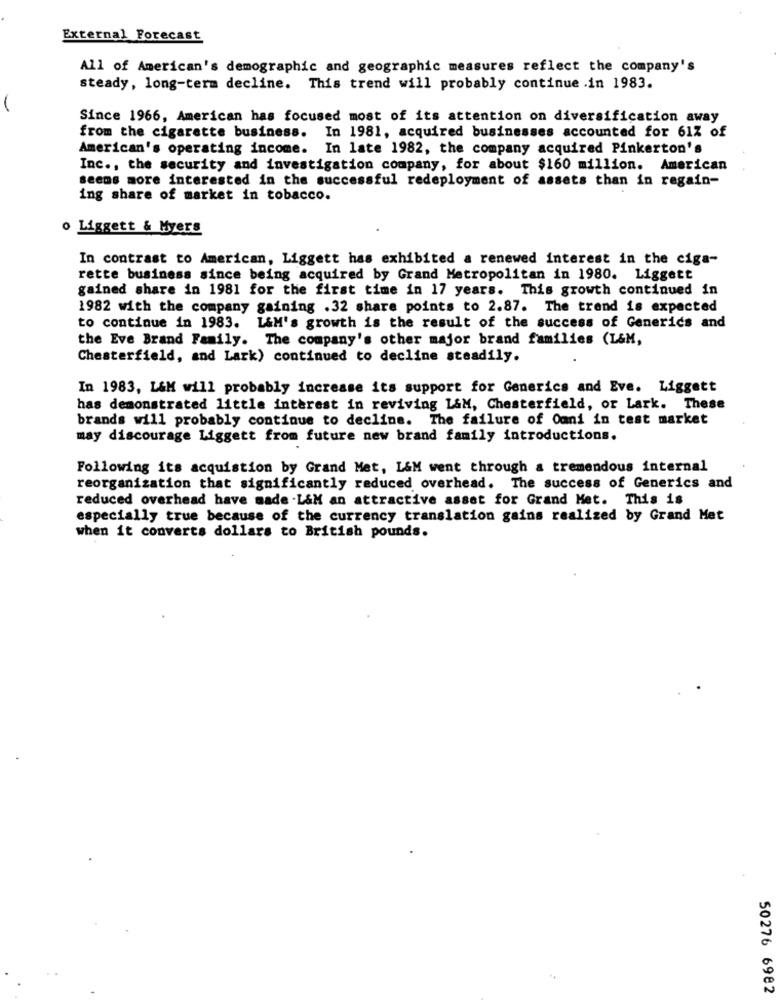
External Forecast
All of American's demographic and geographic measures reflect the company's
steady, long-term decline. This trend will probably continue .in 1983.
Since 1966, American has focused most of its attention on diversification away
from the cigarette business. In 1981, acquired businesses accounted for 61% of
American's operating income. In late 1982, the company acquired Pinkerton's
Inc ., the security and investigation company, for about $160 million. American
seems more interested in the successful redeployment of assets than in regain-
ing share of market in tobacco.
o Liggett & Myers
In contrast to American, Liggett has exhibited a renewed interest in the ciga-
rette business since being acquired by Grand Metropolitan in 1980. Liggett
gained share in 1981 for the first time in 17 years. This growth continued in
1982 with the company gaining .32 share points to 2.87. The trend is expected
to continue in 1983. L&M's growth is the result of the success of Generics and
the Eve Brand Family. The company's other major brand families (L&M,
Chesterfield, and Lark) continued to decline steadily.
In 1983, L&M will probably increase its support for Generics and Eve. Liggett
has demonstrated little interest in reviving L&M, Chesterfield, or Lark. These
brands will probably continue to decline. The failure of Ouni in test market
may discourage Liggett from future new brand family introductions.
Following its acquistion by Grand Met, L&M went through a tremendous internal
reorganization that significantly reduced overhead. The success of Generics and
reduced overhead have made .L&M an attractive asset for Grand Met. This is
especially true because of the currency translation gains realized by Grand Met
when it converts dollars to British pounds.
50276 6982